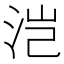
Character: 𰛥